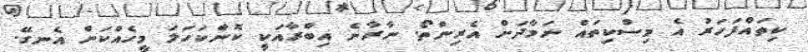
ކިތައްފަހަރު އެ މިސްކިތައް ނަމާދަށް އެރިންތޯ. ނާރާނެ އިބްރާއަކީ ކޮންކަހަލަ މީހެއްކަން އެނގޭ.